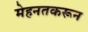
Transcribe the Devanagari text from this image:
मेहनतकरून